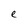
Character: e